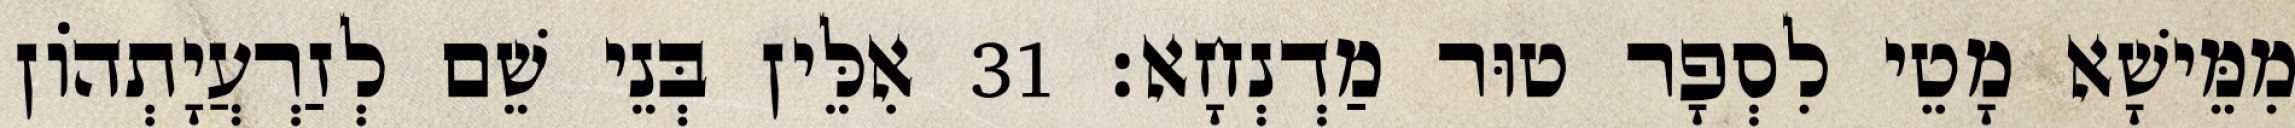
מִמֵּישָׁא מָטֵי לִסְפָר טוּר מַדְנְחָא׃ 31 אִלֵּין בְּנֵי שֵׁם לְזַרְעֲיָתְהוֹן